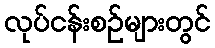
လုပ်ငန်းစဉ်များတွင်